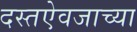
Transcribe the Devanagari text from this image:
दस्तऐवजाच्या